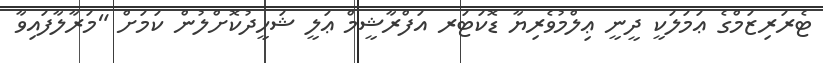
ޓެރަރިޒަމްގެ ޢަމަލަކީ ދީނީ ޢިލްމުވެރިޔާ ޑޮކަޓަރ އަފްރާޝީމް ޢަލީ ޝަހީދުކޮށްލުން ކަމަށް "މަރާލާފައިވާ